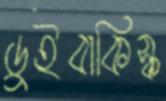
ডুইবাকিস্ক